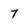
Character: 7